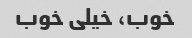
خوب، خیلی خوب